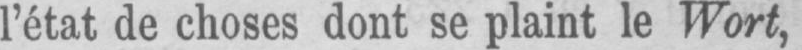
l’état de choses dont se plaint le Wort,